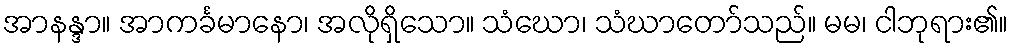
အာနန္ဒာ။ အာကင်္ခမာနော၊ အလိုရှိသော။ သံဃော၊ သံဃာတော်သည်။ မမ၊ ငါဘုရား၏။